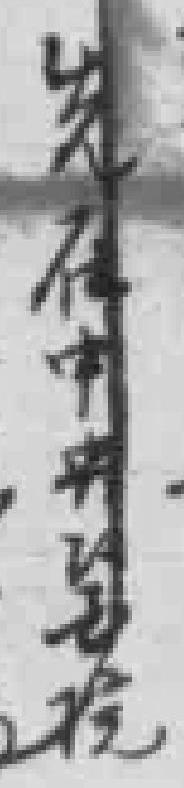
先在中央醫院